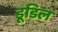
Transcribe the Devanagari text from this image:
डूडिल